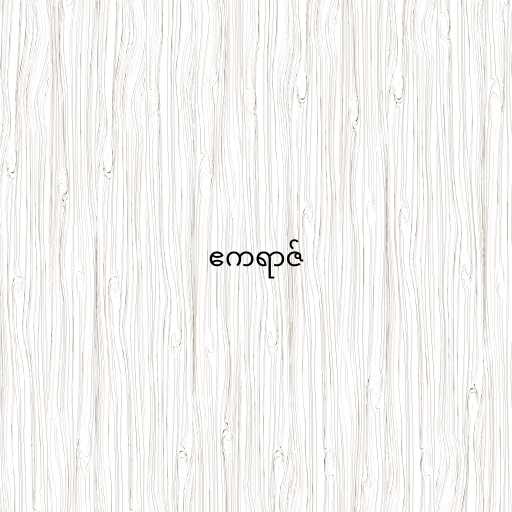
ဧကရာဇ်